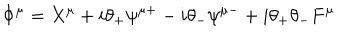
LaTeX: \Phi ^ { \mu } = X ^ { \mu } + i \theta _ { + } \psi ^ { \mu + } - i \theta _ { - } \psi ^ { \mu - } + i \theta _ { + } \theta _ { - } F ^ { \mu }